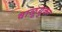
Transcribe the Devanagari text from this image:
वाळूयुक्त